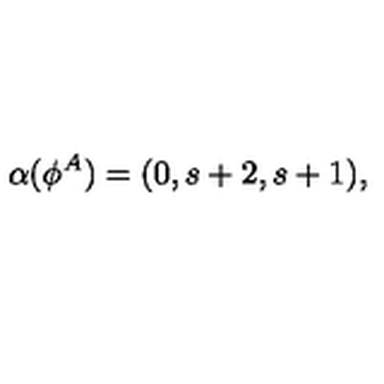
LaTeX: \alpha ( \phi ^ { A } ) = ( 0 , s + 2 , s + 1 ) ,